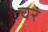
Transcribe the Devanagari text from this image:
चरं